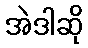
အဲဒါဆို